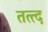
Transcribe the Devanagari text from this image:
तत्त्द